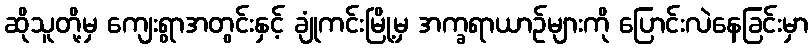
ဆိုသူတို့မှ ကျေးရွာအတွင်းနှင့် ချုံကင်းမြို့မှ အက္ခရာယာဉ်များကို ပြောင်းလဲနေခြင်းမှာ